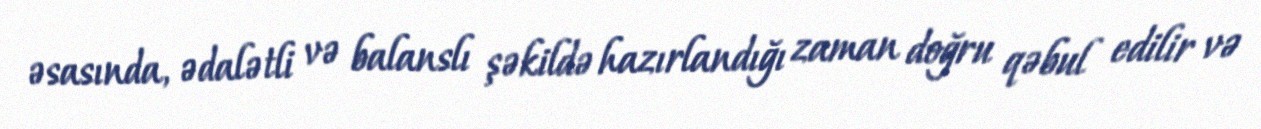
əsasında, ədalətli və balanslı şəkildə hazırlandığı zaman doğru qəbul edilir və